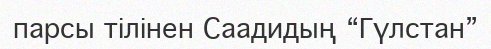
парсы тілінен Саадидың “Гүлстан”